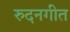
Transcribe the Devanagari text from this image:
रुदनगीत